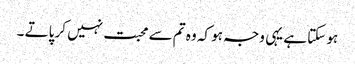
ہو سکتا ہے یہی وجہ ہو کہ وہ تم سے محبت نہیں کر پاتے ۔